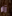
زار